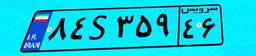
۲۱S۵۷۶۴۵